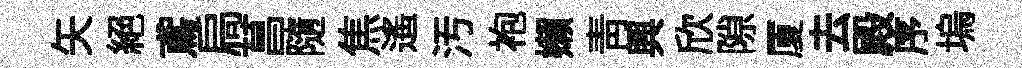
矢絕鳶扃菖隨焦遥汚袍嬾靑興欣隙厦去殿序塢